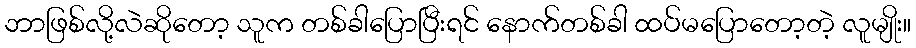
ဘာဖြစ်လို့လဲဆိုတော့ သူက တစ်ခါပြောပြီးရင် နောက်တစ်ခါ ထပ်မပြောတော့တဲ့ လူမျိုး။